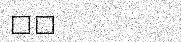
٣٨